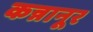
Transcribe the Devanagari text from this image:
कन्नानूर